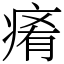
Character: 𤷤